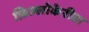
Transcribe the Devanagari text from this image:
फ़िल्लोकेरीडा